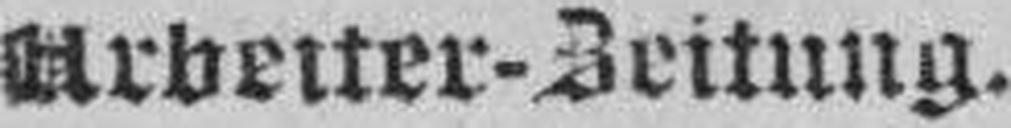
Arbeiter-Zeitung.